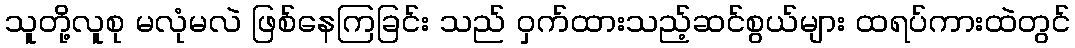
သူတို့လူစု မလုံမလဲ ဖြစ်နေကြခြင်း သည် ဝှက်ထားသည့်ဆင်စွယ်များ ထရပ်ကားထဲတွင်